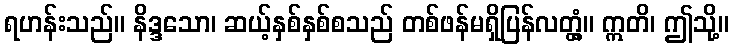
ရဟန်းသည်။ နိဒ္ဒသော၊ ဆယ့်နှစ်နှစ်စသည် တစ်ဖန်မရှိပြန်လတ္တံ့။ ဣတိ၊ ဤသို့။